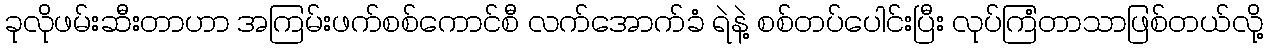
ခုလိုဖမ်းဆီးတာဟာ အကြမ်းဖက်စစ်ကောင်စီ လက်အောက်ခံ ရဲနဲ့ စစ်တပ်ပေါင်းပြီး လုပ်ကြံတာသာဖြစ်တယ်လို့